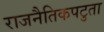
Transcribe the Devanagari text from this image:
राजनैतिकपटुता